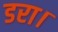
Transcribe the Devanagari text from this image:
डरा।